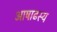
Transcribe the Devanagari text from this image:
आषाढस्य